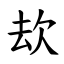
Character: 㰦